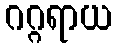
ဂဂ္ဂရာယ